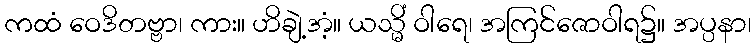
ကထံ ဝေဒိတဗ္ဗာ၊ ကား။ ဟိချဲ့အံ့။ ယသ္မိံ ဝါရေ၊ အကြင်ဇောဝါရ၌။ အပ္ပနာ၊